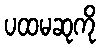
ပထမဆုကို